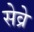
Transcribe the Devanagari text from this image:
सेव्रे